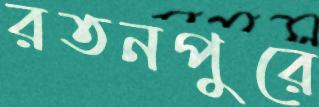
রতনপুরে